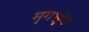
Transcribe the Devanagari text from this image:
मृगश्रृंग